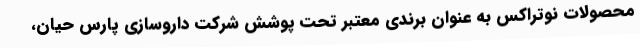
محصولات نوتراکس به عنوان برندی معتبر تحت پوشش شرکت داروسازی پارس حیان،